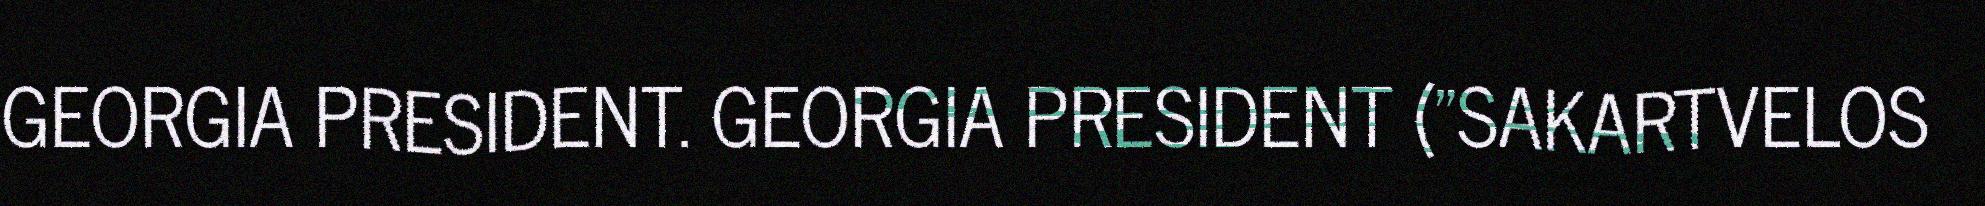
GEORGIA PRESIDENT. GEORGIA PRESIDENT ("SAKARTVELOS